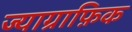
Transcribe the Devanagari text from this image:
ज्याग्राफ़िक